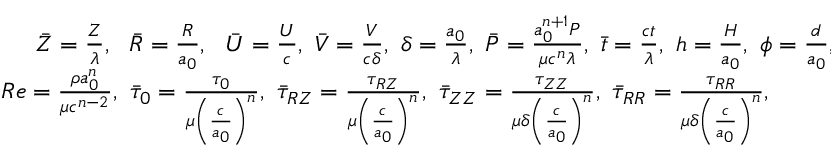
\begin{array} { r } { \bar { Z } = \frac { Z } { \lambda } , ~ ~ \bar { R } = \frac { R } { a _ { 0 } } , ~ ~ \bar { U } = \frac { U } { c } , ~ \bar { V } = \frac { V } { c \delta } , ~ \delta = \frac { a _ { 0 } } { \lambda } , ~ \bar { P } = \frac { a _ { 0 } ^ { n + 1 } P } { \mu c ^ { n } \lambda } , ~ \bar { t } = \frac { c t } { \lambda } , ~ h = \frac { H } { a _ { 0 } } , ~ \phi = \frac { d } { a _ { 0 } } , } \\ { R e = \frac { \rho a _ { 0 } ^ { n } } { \mu c ^ { n - 2 } } , ~ \bar { \tau } _ { 0 } = \frac { \tau _ { 0 } } { \mu \left( \frac { c } { a _ { 0 } } \right) ^ { n } } , ~ \bar { \tau } _ { R Z } = \frac { \tau _ { R Z } } { \mu \left( \frac { c } { a _ { 0 } } \right) ^ { n } } , ~ \bar { \tau } _ { Z Z } = \frac { \tau _ { Z Z } } { \mu \delta \left( \frac { c } { a _ { 0 } } \right) ^ { n } } , ~ \bar { \tau } _ { R R } = \frac { \tau _ { R R } } { \mu \delta \left( \frac { c } { a _ { 0 } } \right) ^ { n } } , ~ ~ ~ ~ ~ ~ ~ ~ } \end{array}